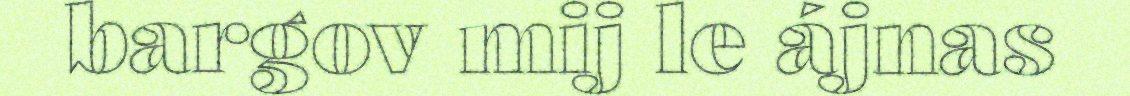
bargov mij le ájnas